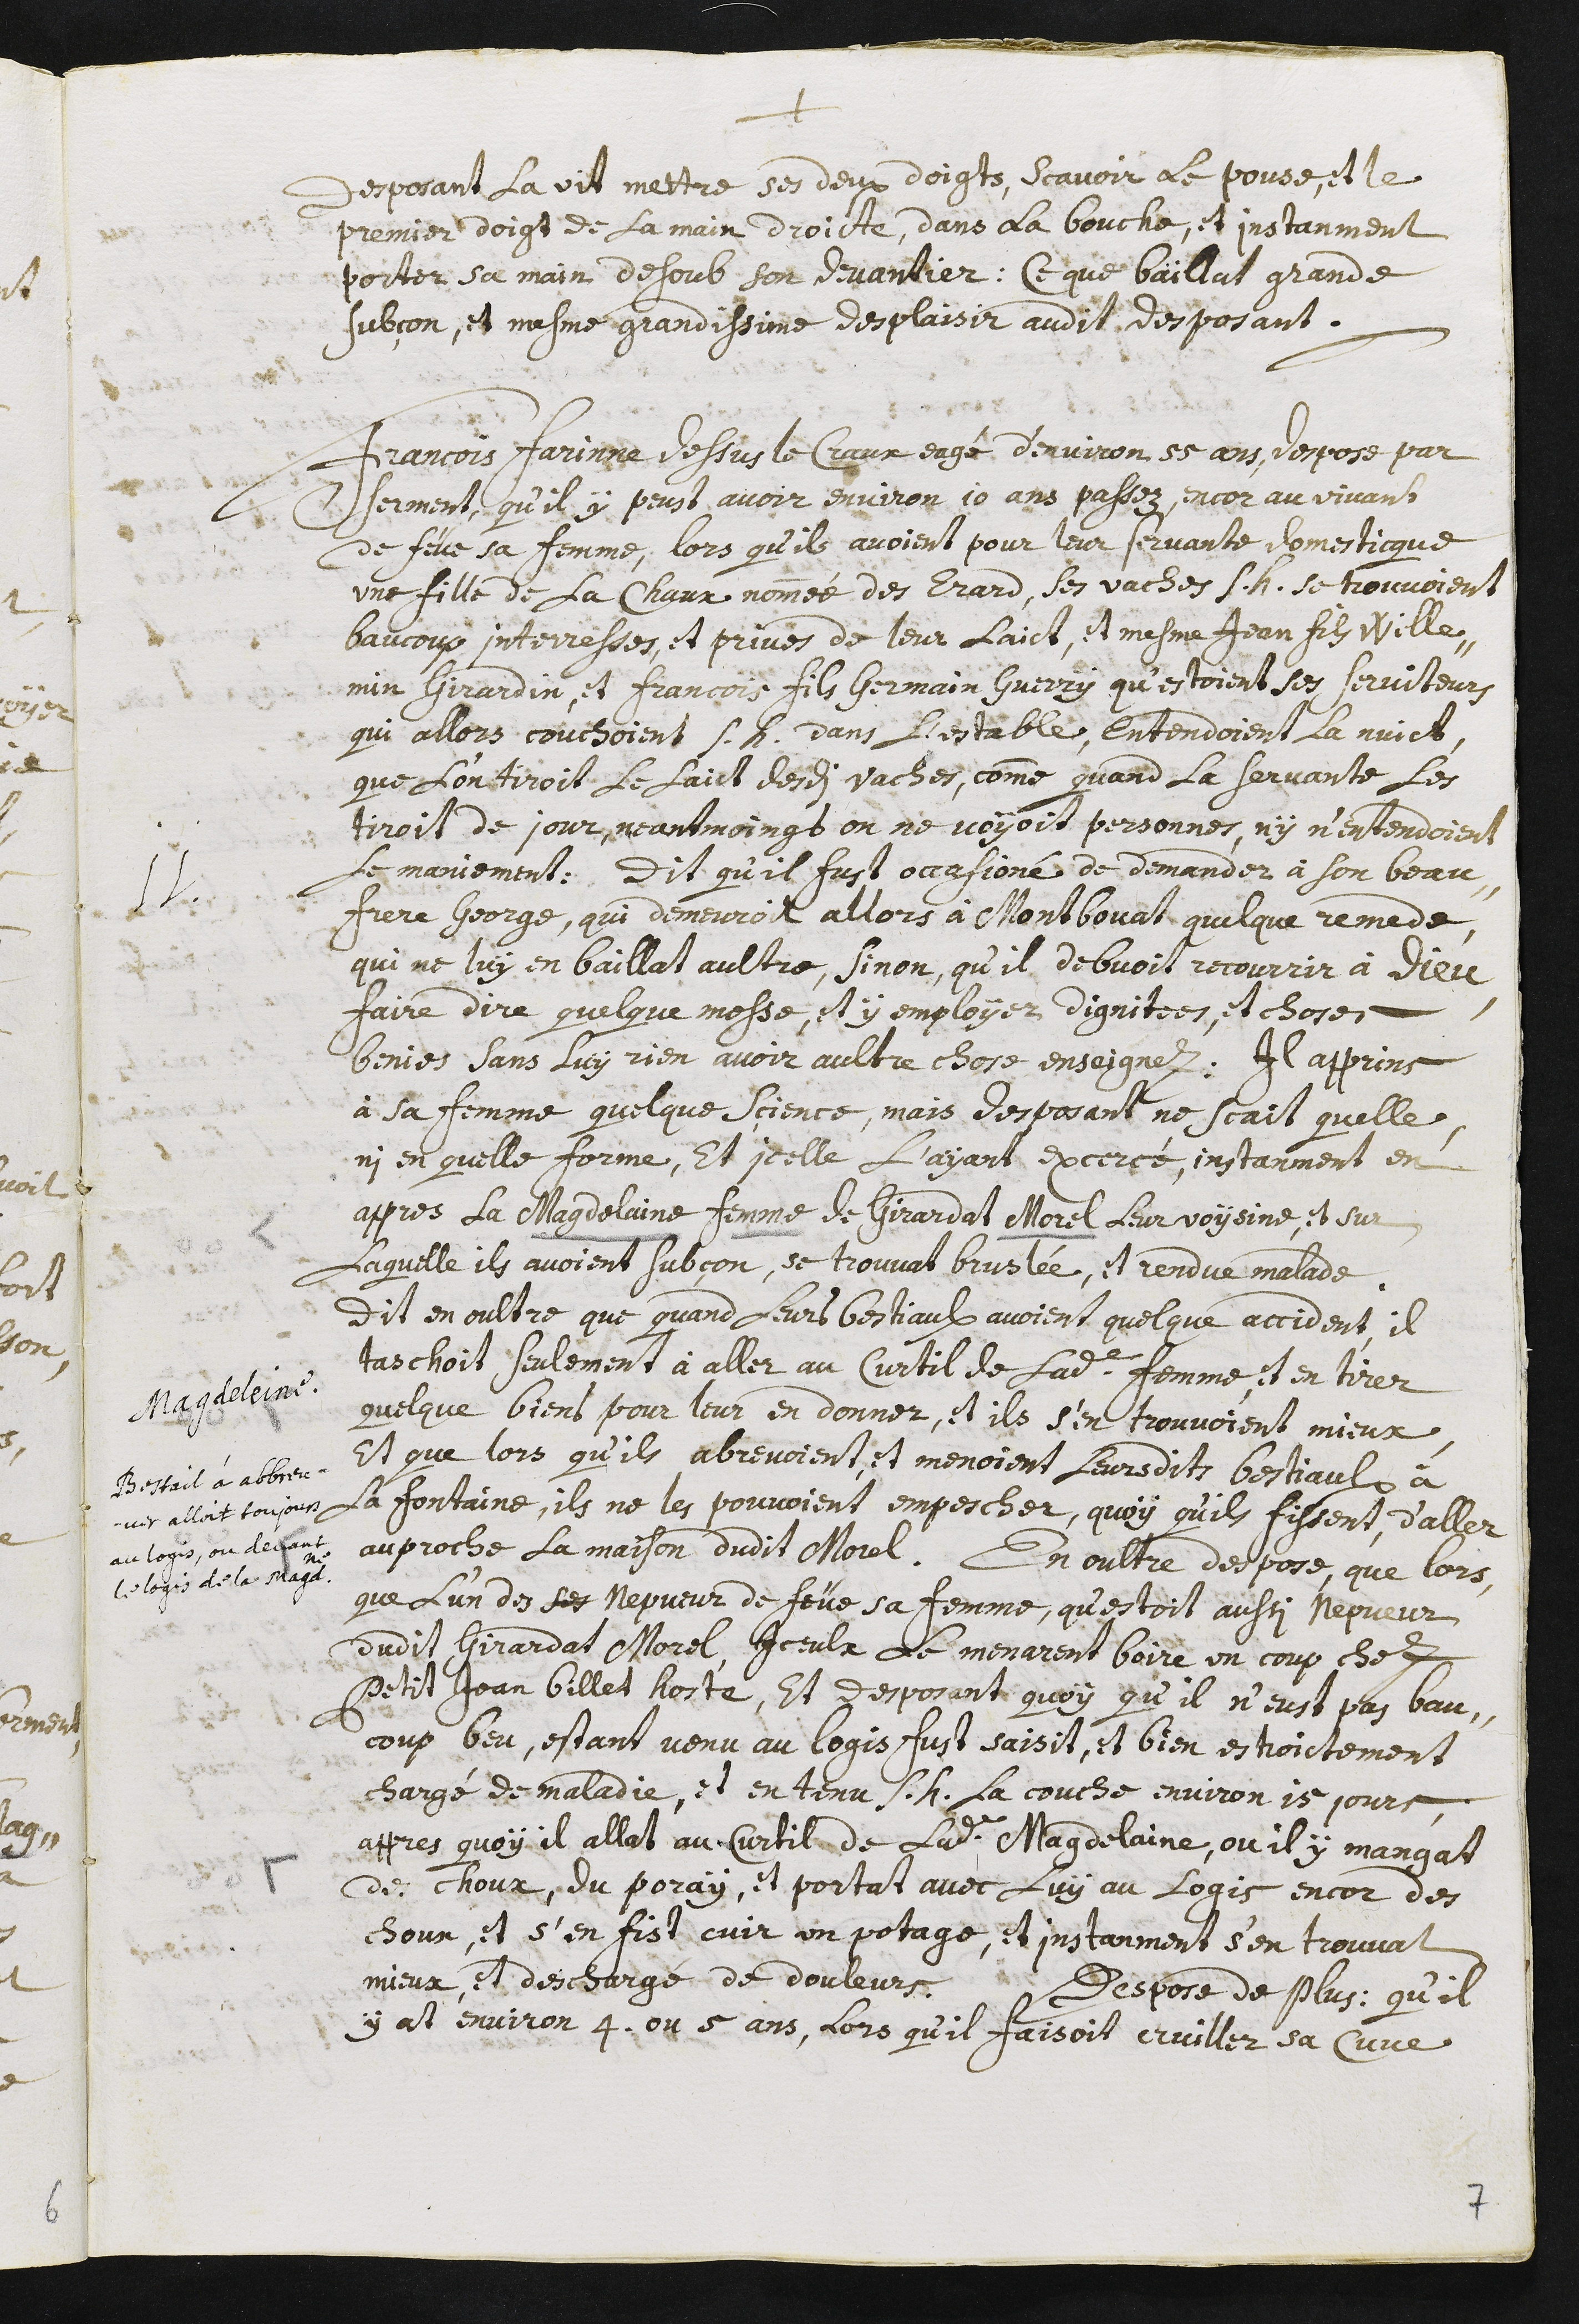
+
deposant la vit mettre ses deux doigts, scavoir le pouse, et le
premier doigt de la main droicte, dans la bouche, et instanment
porter sa main desoub son devantier, ce que baillat grande
subçon, et mesme grandissime desplaisir audit desposant.
11. Francois Farinne dessus le Craux eagé d’environ 55 ans, despose par
serment, qu’il y peust avoir environ 10 ans passez, encor au vivant
de feue sa femme, lors qu’ils avoient pour leur servante domesticque
une fille de la Chaux nommée des Erard, ses vaches s.h. se trouvoient
baucoup interressés, et privés de leur laict, et mesme Jean fils Wille-
min Girardin, et Francois fils Germain Guerry qu’estoient ses serviteurs
qui allors couchoient s.h. dans l’estable, entendoient la nuict,
que l’on tiroit le laict desdi vaches, comme quand la servante les
tiroit de jour, neantmoingt on ne voyoit personnes, ny n’entendoient
le maniement. Dit qu’il fust occasioné de demander à son beau-
frere George, qui demeuroit allors à Montbovat quelque remede,
qui ne luy en baillat aultre, sinon, qu’il debvoit recourrir à Dieu,
aire dire quelque messe, et y employer, dignitées, et choses
benies sans luy rien avoir aultre chose enseignez : il apprins
à sa femme quelque sçience, mais desposant ne scait quelle,
ni en quelle forme, et icelle l’ayant excercé, instanment en
appres la Magdelaine femme de Girardat Morel leur voysine, et sur
laquelle ils avoient subçon, se trouvat bruslée, et rendue malade.
dit en oultre que quand leurs bestiaulx avoient quelque accident, il
taschoit seulement à aller au curtil De ladite femme, et en tirer
quelque biens pour leur en donner, et ils s’en trouvoient mieux.
Et que lors qu’ils abreuvoient, et menoient leursdits bestiaulx à
la fontaine, ils ne les pouvoient empescher, quoy qu’ils fissent, d’aller
au proche la maison dudit Morel. En oultre despose, que lors,
que l’un des ses nepveur de feüe sa femme, qu’estoit aussi nepveur
dudit Girardat Morel, iceulx le menarent boire un coup chez
Petit Jean Billet hoste, et desposant quoy qu’il n’eust pas bau-
coup beu, estant venu au logis fust saisit, et bien estroictement
chargé de maladie, et en tenu s.h. la couche environ 15 jours,
appres quoy il allat au curtil De ladite Madgelaine, ou il y mangat
des choux, du poray, et portat avec luy au logis encor des
choux, et s’en fist cuir un potage, et instanment s’en trouvat
mieux, et deschargé de douleur. Despose de plus : qu’il
y at environ 4 ou 5 ans, lors qu’il faisoit cruiller sa cuve
Magdeleine.
Bestail à abbreu-
ver alloit toujours
au logis, ou devant
le logis de la Magd.ne